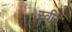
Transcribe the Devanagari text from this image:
स्वीर